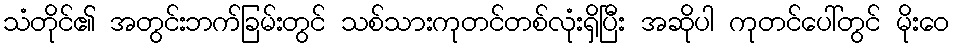
သံတိုင်၏ အတွင်းဘက်ခြမ်းတွင် သစ်သားကုတင်တစ်လုံးရှိပြီး အဆိုပါ ကုတင်ပေါ်တွင် မိုးဝေ